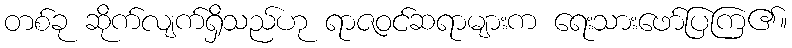
တစ်ခု ဆိုက်လျက်ရှိသည်ဟု ရာဇဝင်ဆရာများက ရေးသားဖော်ပြကြ၏။